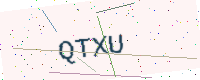
Text: QTXU